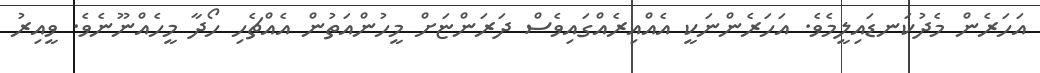
އަހަރެން މެދުކަނޑައިލީމެވެ. އަހަރެންނަކީ އެއްއިރެއްގައިވެސް ދަރަންޏަށް މީހުންއަތުން އެއްޗެހި ހޯދާ މީހެއްނޫނެވެ. ވީއިރު